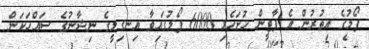
ފޯމުގެ އިތުރުން އެ ޕާޓީން ހުށަހެޅި 6000 ފޯމުގައިވާ އިނގިލީގެ ނިޝާނުގެ ސައްހަކަން